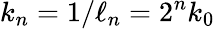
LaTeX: k_{n}=1/\ell_{n}=2^{n}k_{0}